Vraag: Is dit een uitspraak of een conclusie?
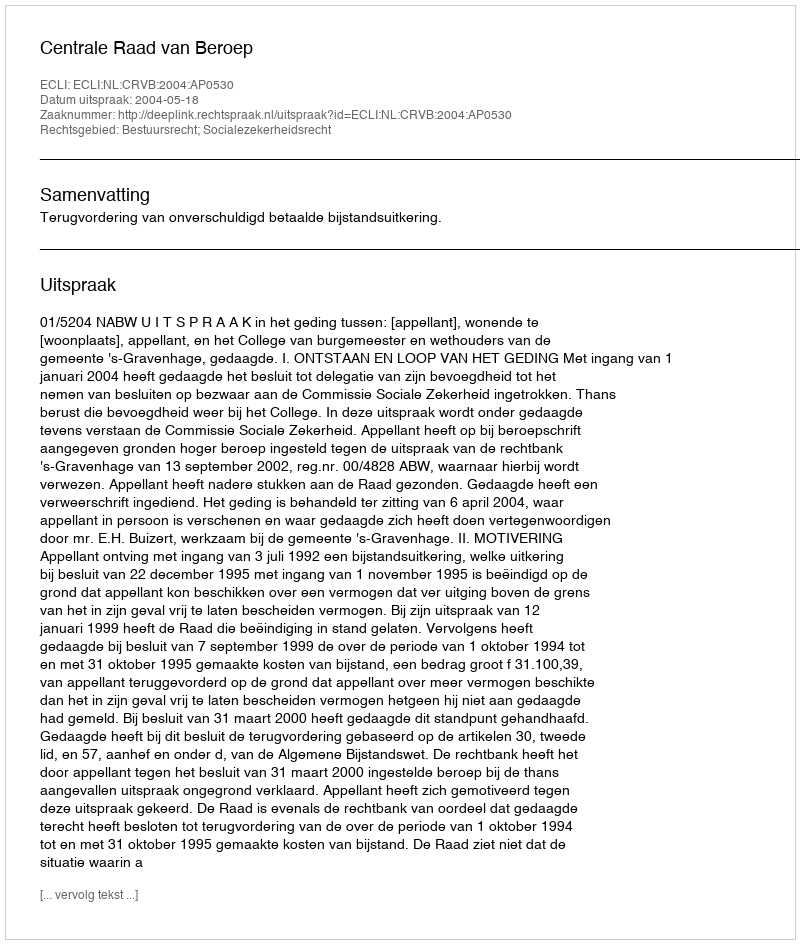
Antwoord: Uitspraak